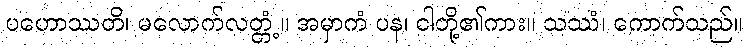
ပဟောဿတိ၊ မလောက်လတ္တံ့။ အမှာကံ ပန၊ ငါတို့၏ကား။ သဿံ၊ ကောက်သည်။